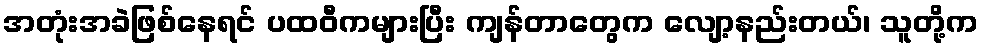
အတုံးအခဲဖြစ်နေရင် ပထဝီကများပြီး ကျန်တာတွေက လျော့နည်းတယ်၊ သူတို့က